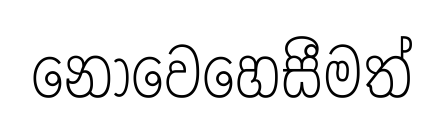
නොවෙහෙසීමත්